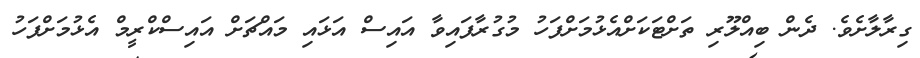
ގިރާލާށެވެ. ދެން ބިއްލޫރި ތަށްޓަކަށްއެޅުމަށްފަހު މުގުރާފައިވާ އައިސް އަޅައި މައްޗަށް އައިސްކްރީމް އެޅުމަށްފަހު